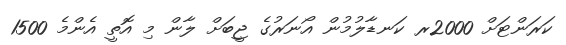
ކަރަންޓަށް 2000ރ ކަނޑާލުމުން އޯނަރުގެ ޖީބަށް ލާން މި އޮތީ އެންމެ 1500